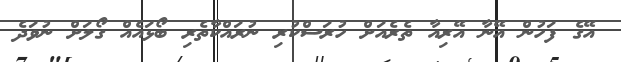
އޭގެ ފަހުން އޭނާ އޭރިއާ ތެރެއަށް ހުރަސްކުރި ނުރައްކާތެރި ބޯޅައެއް ގޯލަށް ނުވަދެ